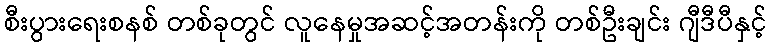
စီးပွားရေးစနစ် တစ်ခုတွင် လူနေမှုအဆင့်အတန်းကို တစ်ဦးချင်း ဂျီဒီပီနှင့်